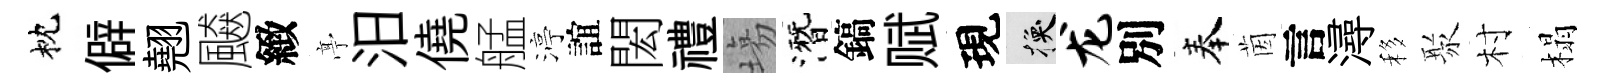
枕僻翹飇緻𠅘汨僥艋渟誼閎禮塲潛鎬赋現换龙別奉茵言潯移聚村榻